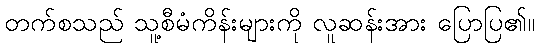
တက်စသည် သူ့စီမံကိန်းများကို လူဆန်းအား ပြောပြ၏။